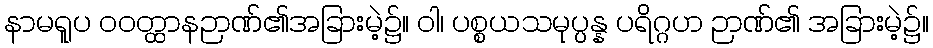
နာမရူပ ဝဝတ္ထာနဉာဏ်၏အခြားမဲ့၌။ ဝါ၊ ပစ္စယသမုပ္ပန္န ပရိဂ္ဂဟ ဉာဏ်၏ အခြားမဲ့၌။